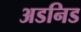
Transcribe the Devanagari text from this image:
अडनिड